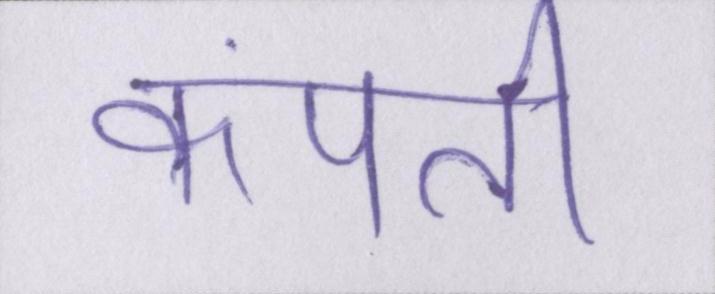
कंपती